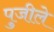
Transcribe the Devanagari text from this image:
पुजीले